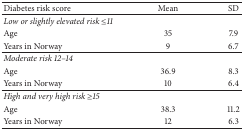
| Diabetes risk score | Mean | SD |
 | --- | --- | --- |
 | Low or slightly elevated risk ≤11 |  |  |
 | Age | 35 | 7.9 |
 | Years in Norway | 9 | 6.7 |
 | Moderate risk 12–14 |  |  |
 | Age | 36.9 | 8.3 |
 | Years in Norway | 10 | 6.4 |
 | High and very high risk ≥15 |  |  |
 | Age | 38.3 | 11.2 |
 | Years in Norway | 12 | 6.3 |